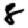
Digit: 8